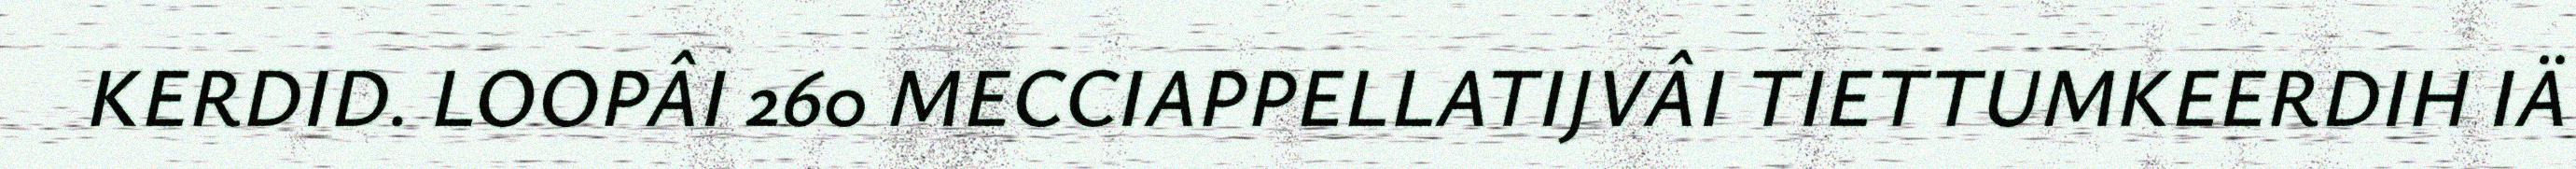
KERDID. LOOPÂI 260 MECCIAPPELLATIJVÂI TIETTUMKEERDIH IÄ